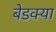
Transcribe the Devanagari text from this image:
बेडक्या